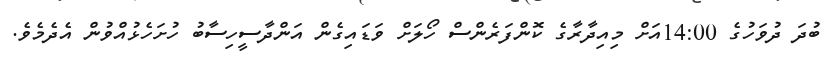
ބުދަ ދުވަހުގެ 14:00އަށް މިއިދާރާގެ ކޮންފަރެންސް ހޯލަށް ވަޑައިގެން އަންދާސީހިސާބު ހުށަހެޅުއްވުން އެދެމެވެ.